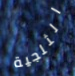
الثلجية